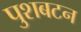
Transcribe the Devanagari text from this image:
पुशबटन